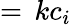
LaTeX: =\, kc_{i}